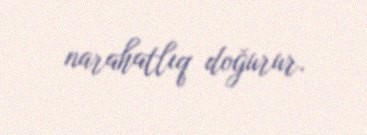
narahatlıq doğurur.